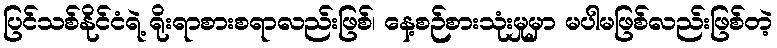
ပြင်သစ်နိုင်ငံရဲ့ ရိုးရာစားစရာလည်းဖြစ်၊ နေ့စဉ်စားသုံးမှုမှာ မပါမဖြစ်လည်းဖြစ်တဲ့